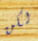
لكن